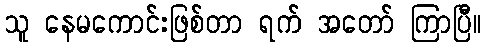
သူ နေမကောင်းဖြစ်တာ ရက် အတော် ကြာပြီ။